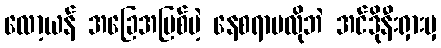
လော့ယန် အခြေအမြစ်မဲ့ နေစရာမလိုဘဲ အင်ဒိုနီးရှားမှ